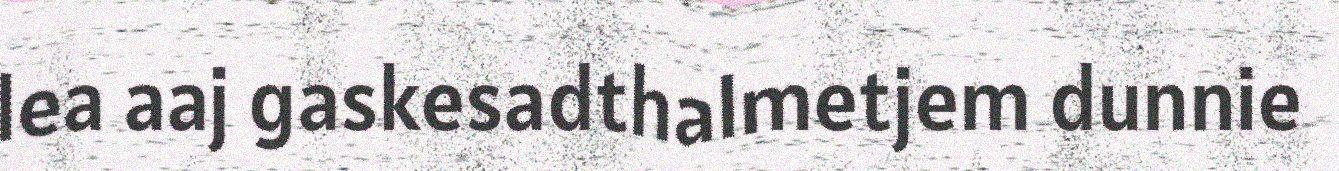
lea aaj gaskesadthalmetjem dunnie